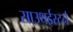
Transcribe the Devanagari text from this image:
साउथईस्टर्न